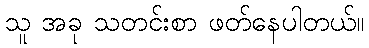
သူ အခု သတင်းစာ ဖတ်နေပါတယ်။